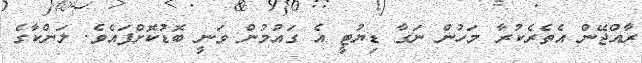
ރާއްޖޭން އެތެރެކުރާ މަހުން ނަގާ ޑިޔުޓީ އެ ގައުމުން ވަނީ ބޮޑުކޮށްފައެވެ. ލަންކާގެ